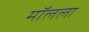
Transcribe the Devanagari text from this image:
मॉलला